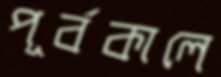
পূর্বকালে